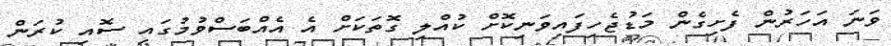
ވަނަ އަހަރުން ފެށިގެން މަޑުޖެހިފައިވަނިކޮށް ކުއްލި ގޮތަކަށް އެ އެއްބަސްވުމުގައި ސޮއި ކުރަން